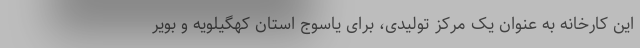
این کارخانه به عنوان یک مرکز تولیدی، برای یاسوج استان کهگیلویه و بویر